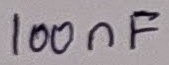
Text: 100nF